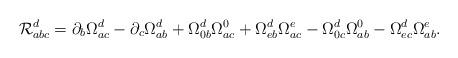
LaTeX: \begin{align*}{\cal R}_{abc}^d=\partial _b\Omega _{ac}^d-\partial _c\Omega _{ab}^d+\Omega_{0b}^d\Omega _{ac}^0+\Omega _{eb}^d\Omega _{ac}^e-\Omega _{0c}^d\Omega_{ab}^0-\Omega _{ec}^d\Omega _{ab}^e. \end{align*}